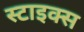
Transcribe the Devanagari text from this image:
स्टाइक्स